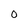
Character: 0